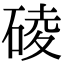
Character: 碐